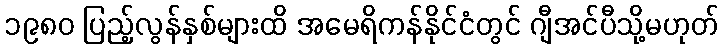
၁၉၈၀ ပြည့်လွန်နှစ်များထိ အမေရိကန်နိုင်ငံတွင် ဂျီအင်ပီသို့မဟုတ်